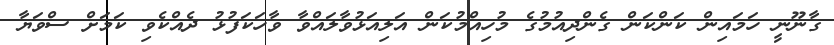
ގާނޫނީ ހަމައިން ކަންކަން ގެންދިއުމުގެ މުހިއްމުކަން އަލިއަޅުވާލައްވާ ވާހަކަފުޅު ދެއްކެވި ކަމަށް ސްވަޔާ